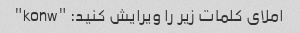
املای کلمات زیر را ویرایش کنید: "konw"